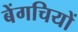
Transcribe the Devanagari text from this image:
बेंगचियों